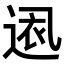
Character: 𮞕